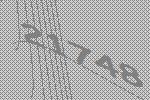
21748